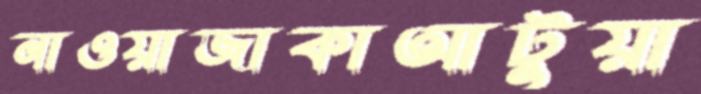
নাওয়াজাকাআটুয়া